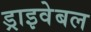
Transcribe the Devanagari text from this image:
ड्राइवेबल